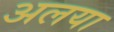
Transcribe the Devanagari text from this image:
अलया